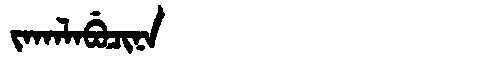
Manchu: ᠵᠠᡴᠠᠯᠠᠪᡠᠴᡳᠨᠠ
Romanization: JAKALABUCINA